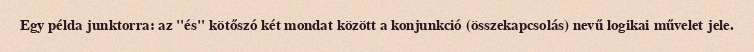
Egy példa junktorra: az "és" kötőszó két mondat között a konjunkció (összekapcsolás) nevű logikai művelet jele.